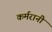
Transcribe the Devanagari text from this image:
कर्मरानी